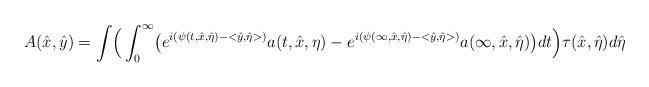
LaTeX: \begin{align*} A(\hat x, \hat y)=\int\Bigr(\int^{\infty}_0\bigr(e^{i(\psi(t,\hat x,\hat\eta)-<\hat y,\hat\eta>)}a(t,\hat x,\eta)-e^{i(\psi(\infty,\hat x,\hat\eta)-<\hat y,\hat\eta>)}a(\infty,\hat x,\hat\eta)\bigr)dt\Bigr)\tau(\hat x,\hat\eta)d\hat\eta\end{align*}